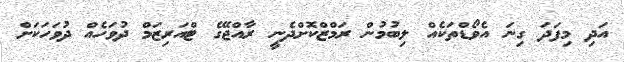
އަދި މިފަދަ ގިނަ އެވޯޑްތަކެއް ލިބުމުން ރަމްޒްކޮށްދެނީ ރާއްޖޭގެ ޓްއަރިޒަމް ދުވަހެއް ދުވަހަކަށް